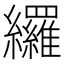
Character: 纙